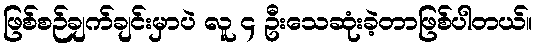
ဖြစ်စဉ်ချက်ချင်းမှာပဲ လူ ၄ ဦးသေဆုံးခဲ့တာဖြစ်ပါတယ်။